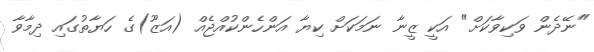
"ނޭދެން ވަކިވާކަށް" އަކީ ޒީނާ ނަމަކަށް ކިޔާ އަންހެންކުއްޖެއް (އަޒޫ)ގެ ހަޔާތުގައި ދިމާވާ